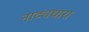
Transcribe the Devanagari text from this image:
नाट्यधारा